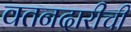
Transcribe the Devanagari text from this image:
वतनदारीची